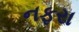
નફરા